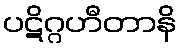
ပဋိဂ္ဂဟီတာနိ